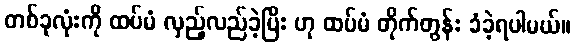
တစ်ခုလုံးကို ထပ်မံ လှည့်လည်ခဲ့ပြီး ဟု ထပ်မံ တိုက်တွန်း ခံခဲ့ရပါမယ်။